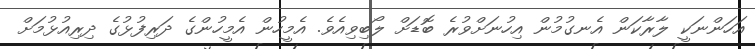
އަހަންނަކީ ލާރާކަން އެނގުމުން އިހުނަށްވުރެ ބޮޑަށް ލޯބިވިއެވެ. އެމީހުން އެމީހުންގެ ދަރިފުޅުގެ ދިރިއުޅުމަށް